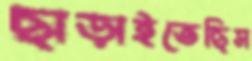
ছাড়াইতেছিস